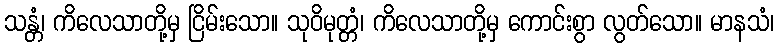
သန္တံ၊ ကိလေသာတို့မှ ငြိမ်းသော။ သုဝိမုတ္တံ၊ ကိလေသာတို့မှ ကောင်းစွာ လွတ်သော။ မာနသံ၊